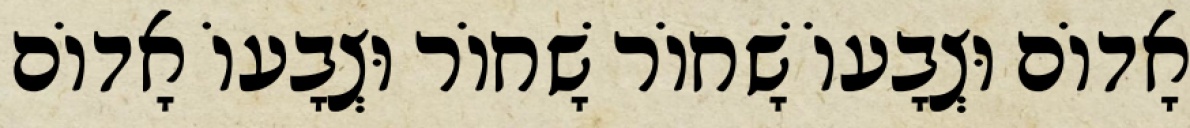
אָדוֹם וּצְבָעוֹ שָׁחוֹר שָׁחוֹר וּצְבָעוֹ אָדוֹם